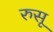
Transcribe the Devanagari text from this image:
रुसू